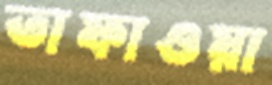
তাফাওয়া